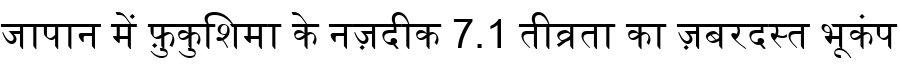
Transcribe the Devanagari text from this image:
जापान में फ़ुकुशिमा के नज़दीक 7.1 तीव्रता का ज़बरदस्त भूकंप